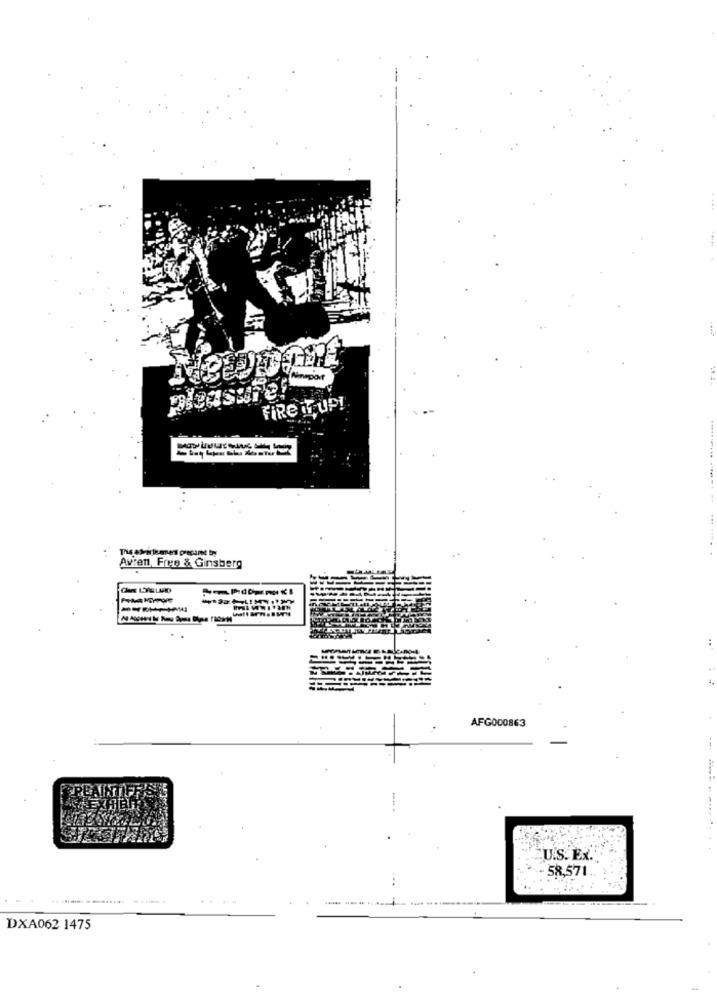
FIRE ITUP!
-----
Avren, Fres & Ginsberg
AFG000863
U.S. Ex.
58,571.
-.... ....
DXA062 1475